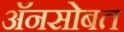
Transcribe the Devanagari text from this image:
अॅनसोबत